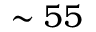
\sim 5 5